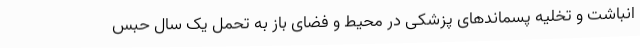
انباشت و تخلیه پسماندهای پزشکی در محیط و فضای باز به تحمل یک سال حبس